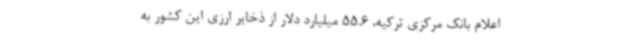
اعلام بانک مرکزی ترکیه، 55.6 میلیارد دلار از ذخایر ارزی این کشور به